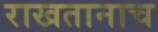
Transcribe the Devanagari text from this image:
राखतानाच